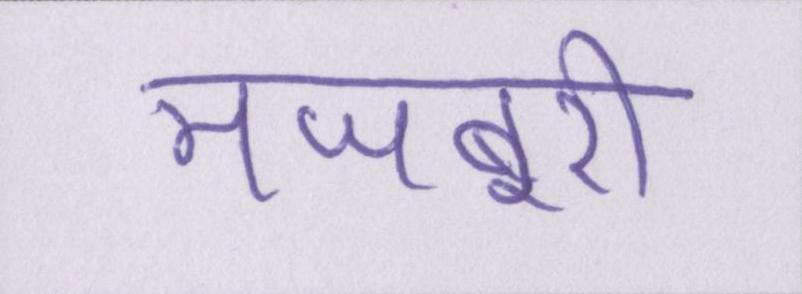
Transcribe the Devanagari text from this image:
मजबूरी